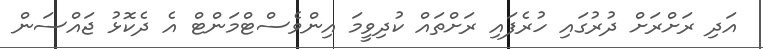
އަދި ރަށްރަށް ދުރުގައި ހުރެފައި ރަށްތައް ކުދިވީމަ އިންވެސްޓްމަންޓް އެ ދެކޮޅު ޖައްސަން